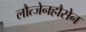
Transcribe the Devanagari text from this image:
लौत्जेनहौसेन